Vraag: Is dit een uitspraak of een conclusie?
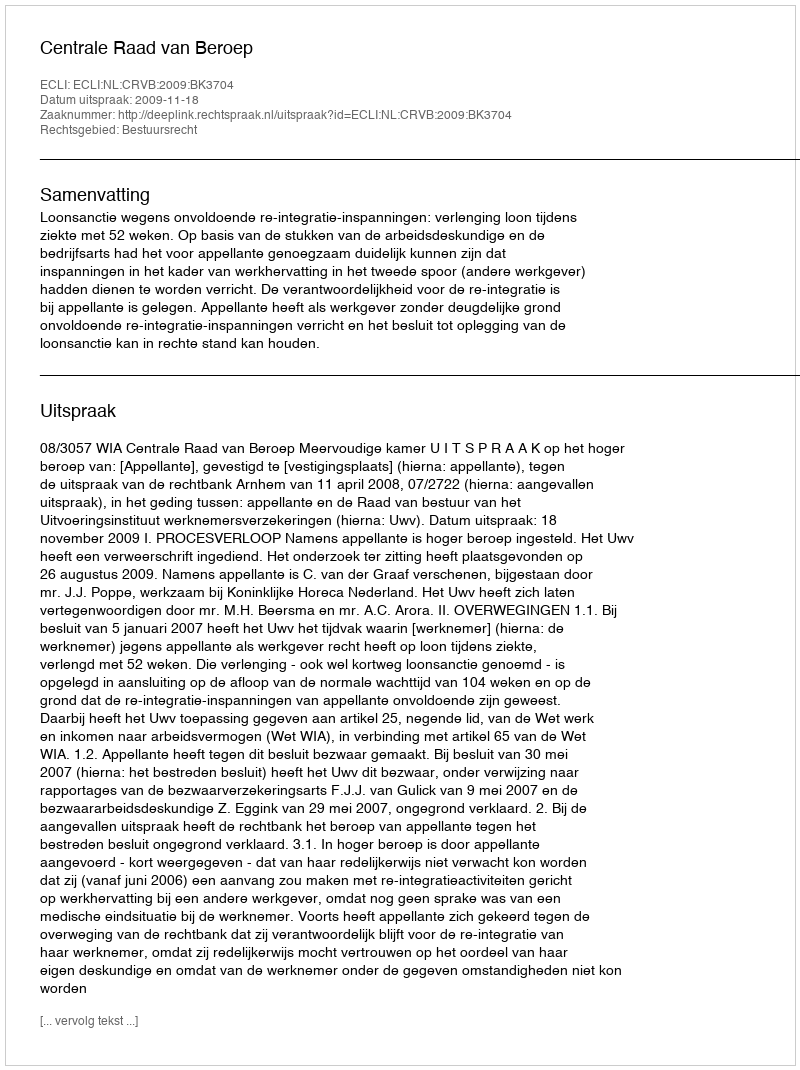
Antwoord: Uitspraak